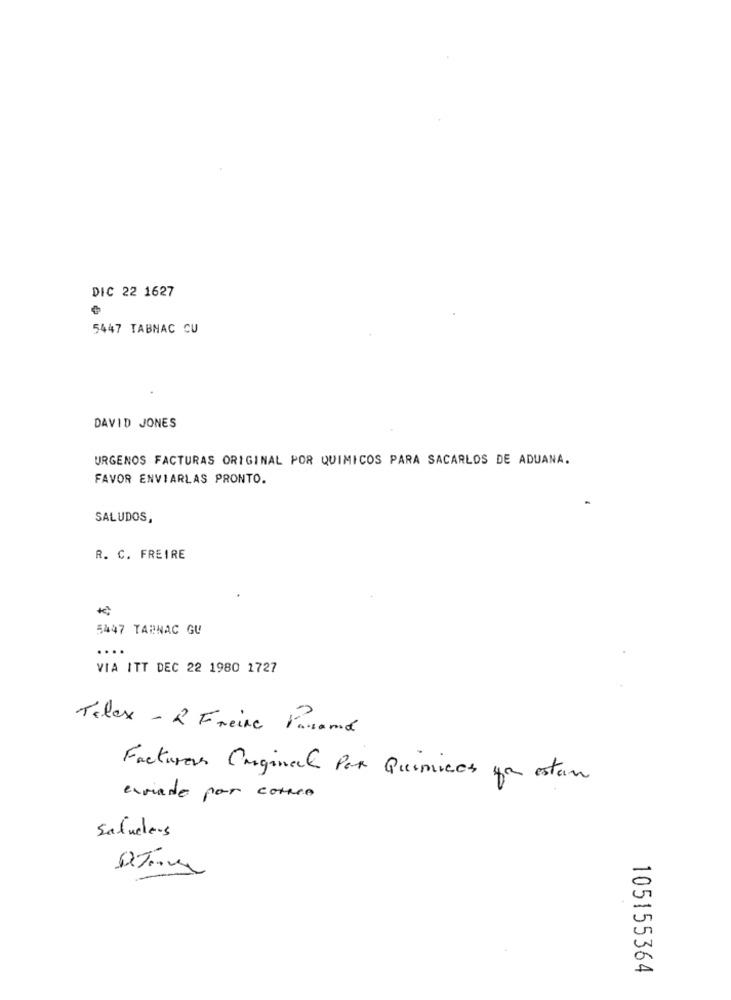
DIC 22 1627
5447 TABNAC CU
DAVID JONES
URGENOS FACTURAS ORIGINAL POR QUIMICOS PARA SACARLOS DE ADUANA.
FAVOR ENVIARLAS PRONTO.
SALUDOS,
R. C. FREIRE
5447 TARNAC GU
....
VIA ITT DEC 22 1980 1727
Telex - 2 Freire Karame
Factures Carginal Par Quimicos ya estan
enviado por correo
Saludles
105155364